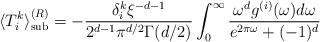
LaTeX: \begin{align*} \langle T_{i}^{k}\rangle _{{\mathrm{sub}}}^{(R)}=-\frac{\delta _i^k \xi ^{-d-1}}{2^{d-1}\pi ^{d/2}\Gamma (d/2)}\int _{0}^{\infty } \frac{\omega ^d g^{(i)}(\omega )d\omega }{e^{2\pi \omega }+(-1)^d}\end{align*}